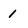
Character: 1